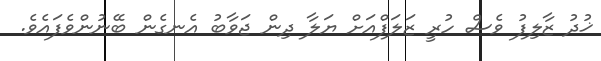
ޚުދު ޒާލިފު ވެސް ހުރީ ޒަލަފްއަށް ޔަލާ ދިން ޖަވާބު އެނގެން ބޭނުންވެފައެވެ.